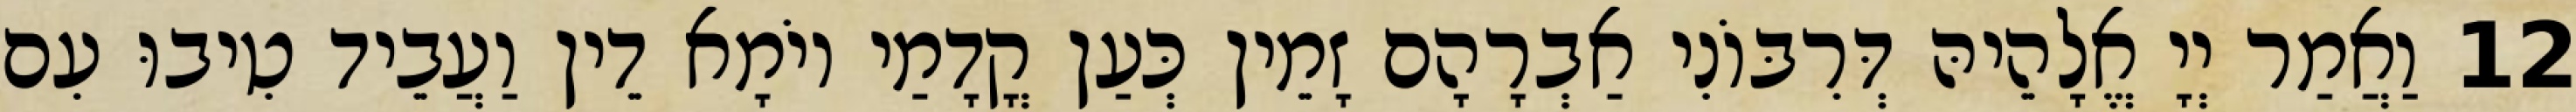
12 וַאֲמַר יְיָ אֱלָהֵיהּ דְּרִבּוֹנִי אַבְרָהָם זָמֵין כְּעַן קֳדָמַי יוֹמָא דֵין וַעֲבֵיד טִיבוּ עִם